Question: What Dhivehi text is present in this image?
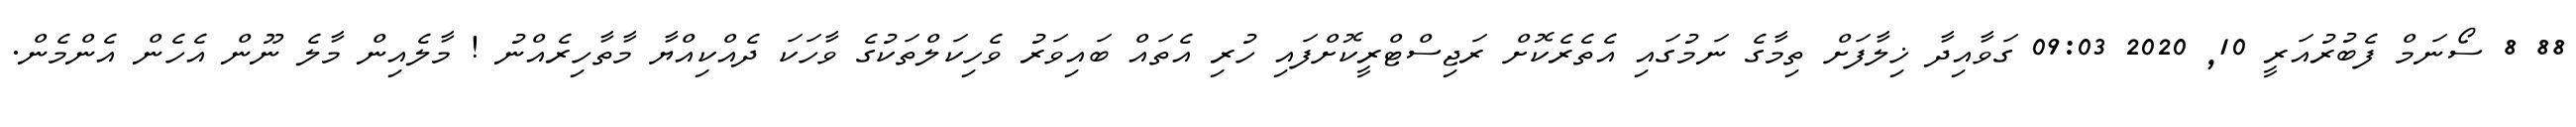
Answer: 88 8 ސޯނަމް ފެބުރުއަރީ 10, 2020 09:03 ގަވާއިދާ ޚިލާފަށް ތިމާގެ ނަމުގައި އެތެރެކޮށް ރަޖިސްޓްރީކޮށްފައި ހުރި އެތައް ބައިވަރު ވެހިކަލްތަކުގެ ވާހަކަ ދެއްކިއްޔާ މާތާހިރެއްނު ! މާލެއިން މާލެ ނޫން އެހެން އެންމެން.